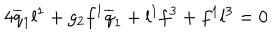
4 \overline { { { q } } } _ { 1 } l ^ { 1 } + g _ { 2 } f ^ { 1 } \overline { { { q } } } _ { 1 } + l ^ { 1 } f ^ { 3 } + f ^ { 1 } l ^ { 3 } = 0